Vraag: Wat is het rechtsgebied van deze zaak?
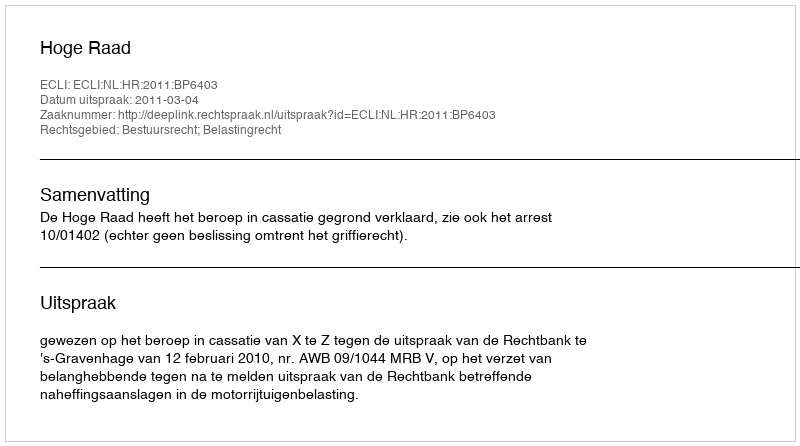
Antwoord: Bestuursrecht; Belastingrecht